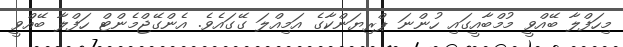
މިހަފްލާ ބޭއްވީ މުމްބާއީގައި ހުންނަ ޕްރިޔަންކާގެ އަމިއްލަ ގޭގައެވެ. އެންގޭޖްމެންޓް ހަފްލާ ބޭއްވީ